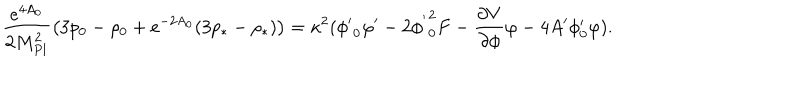
\frac { e ^ { 4 A _ { 0 } } } { 2 M _ { P l } ^ { 2 } } \left( 3 p _ { 0 } - \rho _ { 0 } + e ^ { - 2 A _ { 0 } } ( 3 p _ { * } - \rho _ { * } ) \right) = \kappa ^ { 2 } ( { \phi ^ { \prime } } _ { 0 } \varphi ^ { \prime } - 2 { \phi ^ { ' } } _ { 0 } ^ { 2 } F - \frac { \partial V } { \partial \phi } \varphi - 4 A ^ { \prime } \phi _ { 0 } ^ { \prime } \varphi ) .